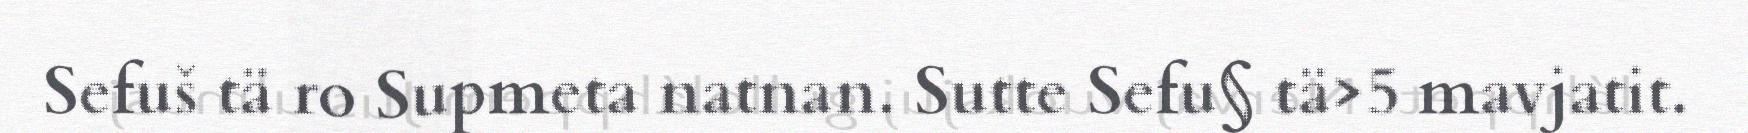
Sefuš tä ro Supmeta natnan. Sutte Sefu§ tä>5 mavjatit.